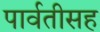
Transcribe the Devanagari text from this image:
पार्वतीसह